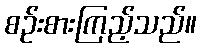
စဉ်းစားကြည့်သည်။